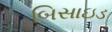
બિસાઇડ